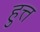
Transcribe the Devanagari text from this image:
हुत्त